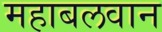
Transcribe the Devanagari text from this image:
महाबलवान